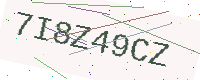
Text: 7I8Z49CZ